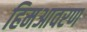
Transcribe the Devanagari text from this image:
हिमआवरण